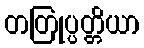
တတြုပ္ပတ္တိယာ